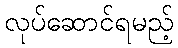
လုပ်ဆောင်ရမည့်